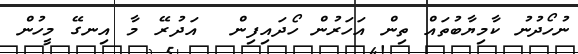
ނުހޯދުނު ކާމިޔާބުތައް ތިން އަހަރުން ހޯދައިފިން  އަދުރޭ މާ އިނގޭ މީހުން